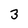
Character: 3